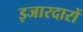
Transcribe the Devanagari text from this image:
इजारदारों